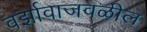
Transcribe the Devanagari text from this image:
वर्झावाजवळील